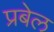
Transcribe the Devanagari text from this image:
प्रबेल